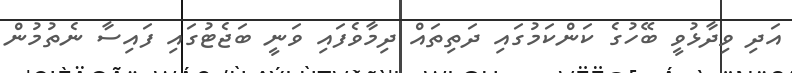
އަދި ވިދާޅުވީ ބޭހުގެ ކަންކަމުގައި ދަތިތައް ދިމާވެފައި ވަނީ ބަޖެޓުގައި ފައިސާ ނެތުމުން